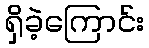
ရှိခဲ့ကြောင်း